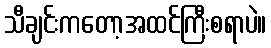
သီချင်းကတော့အထင်ကြီးစရာပဲ။